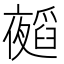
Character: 𭑁